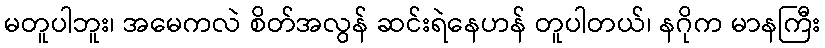
မတူပါဘူး၊ အမေကလဲ စိတ်အလွန် ဆင်းရဲနေဟန် တူပါတယ်၊ နဂိုက မာနကြီး